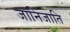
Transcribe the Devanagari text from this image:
जानिजाति